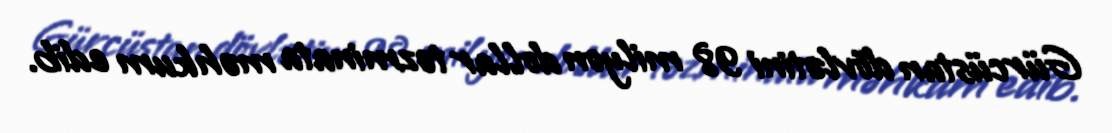
Gürcüstan dövlətini 98 milyon dollar təzminata məhkum edib.